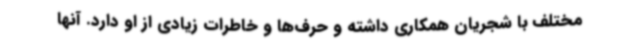
مختلف با شجریان همکاری داشته و حرف‌ها و خاطرات زیادی از او دارد. آنها